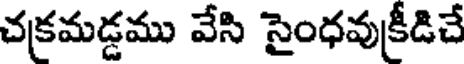
చక్రమడ్డము వేసి సైంధవుక్రీడిచే